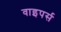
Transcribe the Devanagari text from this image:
वाइपर्स